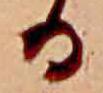
る